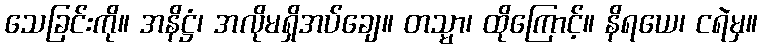
သေခြင်းကို။ အနိဋ္ဌံ၊ အလိုမရှိအပ်ချေ။ တသ္မာ၊ ထိုကြောင့်။ နိရယေ၊ ငရဲမှ။